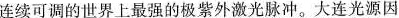
连续可调的世界上最强的极紫外激光脉冲。大连光源因